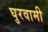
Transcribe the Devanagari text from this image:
घुरवामी